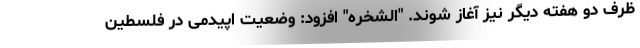
ظرف دو هفته دیگر نیز آغاز شوند. "الشخره" افزود: وضعیت اپیدمی در فلسطین